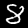
Digit: 8